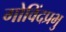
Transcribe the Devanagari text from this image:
गोविंदप्रभु